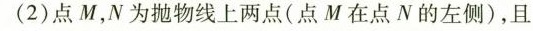
(2)点M，N为抛物线上两点(点M在点N的左侧)，且